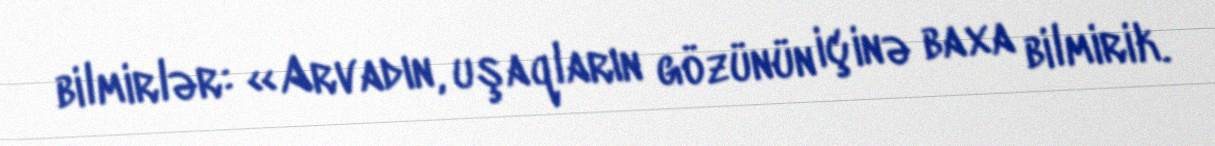
bilmirlər: «Arvadın, uşaqların gözünün içinə baxa bilmirik.